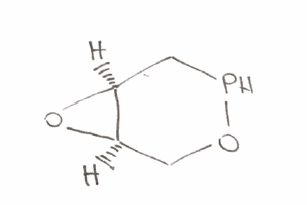
Simplified molecular-input line-entry system (SMILES) notation of the given molecule:
C1[C@@H]2[C@@H](O2)CPO1